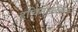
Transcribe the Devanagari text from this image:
इचिनोकॉकल